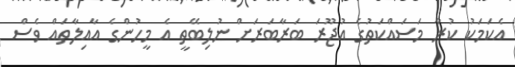
އެކަމަކު ކުރާ މަސައްކަތުގެ އުޖޫރަ ބަރާބަރަށް ނުލިބޭތީ އެ މީހުންގެ އާއިލާތައް ވެސް